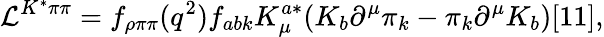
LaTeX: {\cal L}^{K^{*}\pi\pi}=f_{\rho\pi\pi}(q^{2})f_{abk}K_{\mu}^{a*}(K_{b}\partial^{\mu}\pi_{k}-\pi_{k}\partial^{\mu}K_{b})[11],